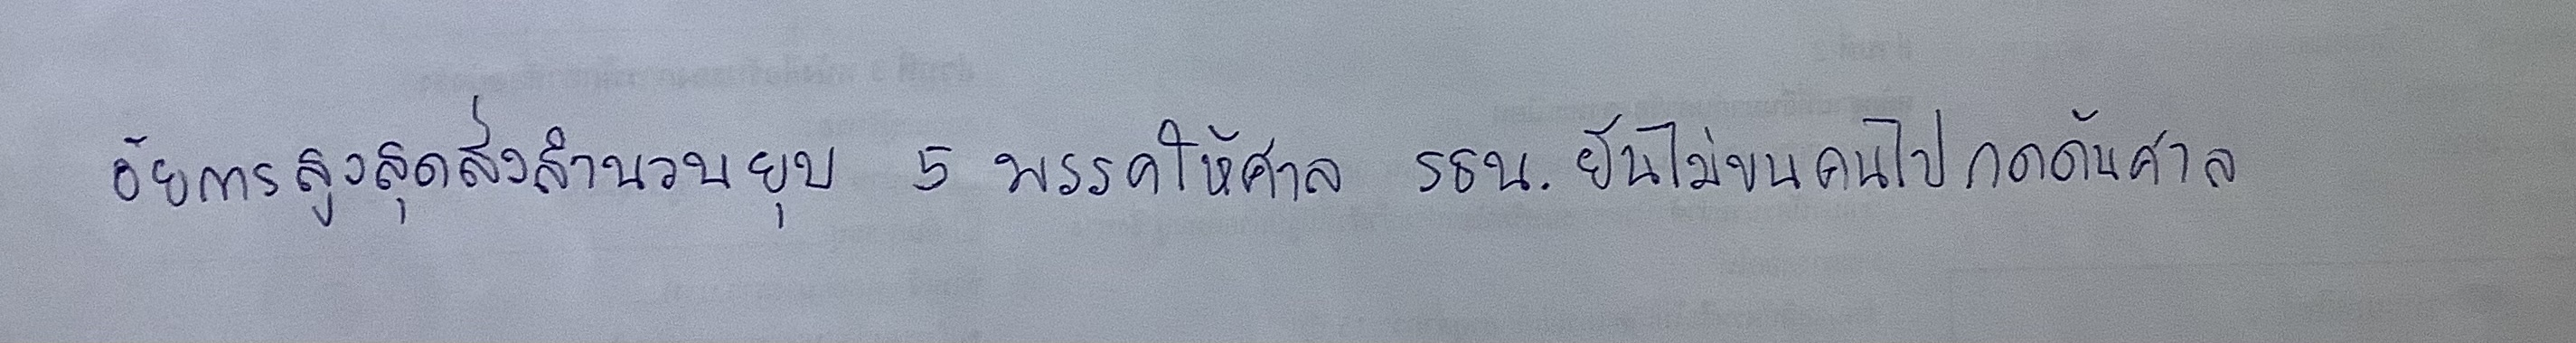
อัยการสูงสุดส่งสำนวนยุบ5พรรคให้ศาล รธน.ยันไม่ขนคนไปกดดันศาล